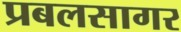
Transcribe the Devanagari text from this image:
प्रबलसागर